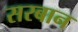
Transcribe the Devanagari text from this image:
सरबान